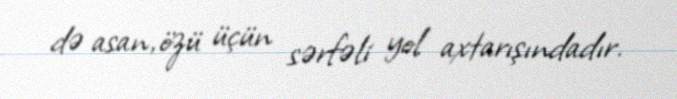
də asan, özü üçün sərfəli yol axtarışındadır.